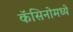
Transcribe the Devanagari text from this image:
कॅसिनोमध्ये